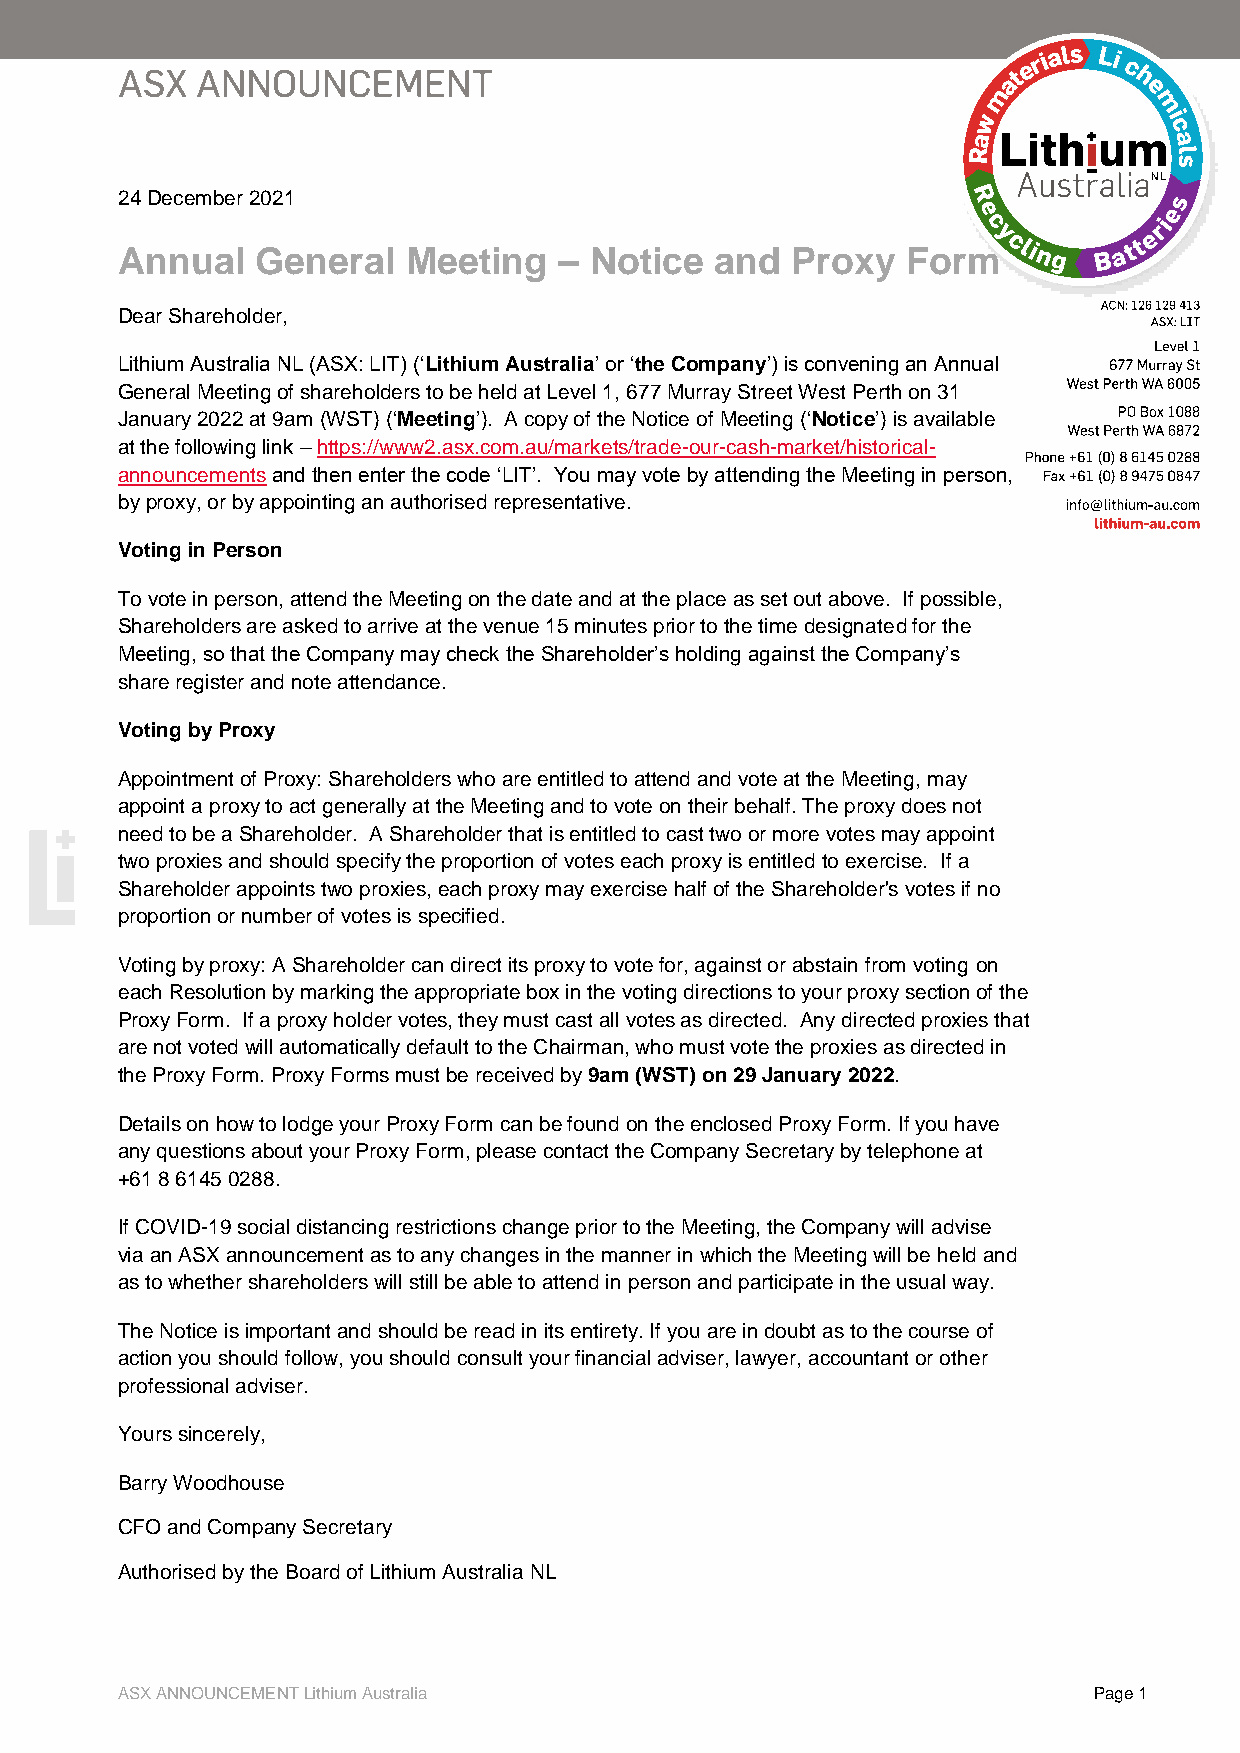
24 December 2021
 Annual   General   Meeting   – Notice  and  Proxy   Form
 Dear Shareholder,
 Lithium Australia NL (ASX: LIT) (‘Lithium Australia’ or ‘the Company’) is convening an Annual
 General Meeting of shareholders to be held at Level 1, 677 Murray Street West Perth on 31
 January 2022 at 9am (WST) (‘Meeting’). A copy of the Notice of Meeting (‘Notice’) is available
 at the following link – https://www2.asx.com.au/markets/trade-our-cash-market/historical-
 announcements and then enter the code ‘LIT’. You may vote by attending the Meeting in person,
 by proxy, or by appointing an authorised representative.
 Voting in Person
 To vote in person, attend the Meeting on the date and at the place as set out above. If possible,
 Shareholders are asked to arrive at the venue 15 minutes prior to the time designated for the
 Meeting, so that the Company may check the Shareholder’s holding against the Company’s
 share register and note attendance.
 Voting by Proxy
 Appointment of Proxy: Shareholders who are entitled to attend and vote at the Meeting, may
 appoint a proxy to act generally at the Meeting and to vote on their behalf. The proxy does not
 need to be a Shareholder. A Shareholder that is entitled to cast two or more votes may appoint
 two proxies and should specify the proportion of votes each proxy is entitled to exercise. If a
 Shareholder appoints two proxies, each proxy may exercise half of the Shareholder's votes if no
 proportion or number of votes is specified.
 Voting by proxy: A Shareholder can direct its proxy to vote for, against or abstain from voting on
 each Resolution by marking the appropriate box in the voting directions to your proxy section of the
 Proxy Form. If a proxy holder votes, they must cast all votes as directed. Any directed proxies that
 are not voted will automatically default to the Chairman, who must vote the proxies as directed in
 the Proxy Form. Proxy Forms must be received by 9am (WST) on 29 January 2022.
 Details on how to lodge your Proxy Form can be found on the enclosed Proxy Form. If you have
 any questions about your Proxy Form, please contact the Company Secretary by telephone at
 +61 8 6145 0288.
 If COVID-19 social distancing restrictions change prior to the Meeting, the Company will advise
 via an ASX announcement as to any changes in the manner in which the Meeting will be held and
 as to whether shareholders will still be able to attend in person and participate in the usual way.
 The Notice is important and should be read in its entirety. If you are in doubt as to the course of
 action you should follow, you should consult your financial adviser, lawyer, accountant or other
 professional adviser.
 Yours sincerely,
 Barry Woodhouse
 CFO and Company Secretary
 Authorised by the Board of Lithium Australia NL
 ASX ANNOUNCEMENT Lithium Australia                              Page 1